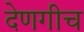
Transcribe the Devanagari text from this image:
देणगीच